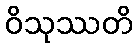
ဝိသုဿတိ